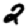
Digit: 2